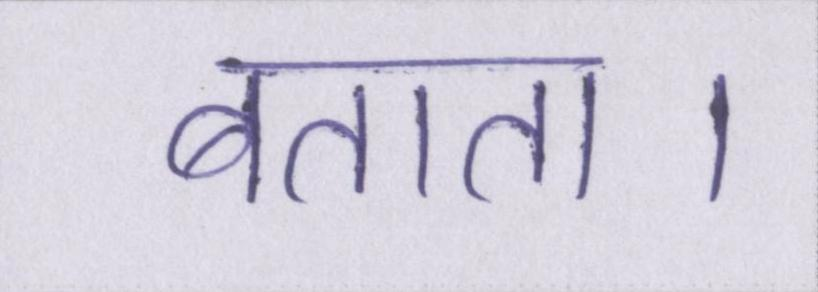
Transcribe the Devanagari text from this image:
बताता।